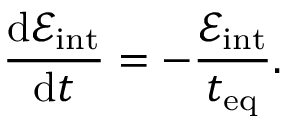
\frac { \mathrm { d } \mathcal { E } _ { \mathrm { i n t } } } { \mathrm { d } t } = - \frac { \mathcal { E } _ { \mathrm { i n t } } } { t _ { \mathrm { e q } } } .